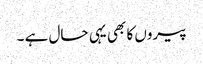
پیروں کا بھی یہی حال ہے ۔